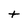
Character: t